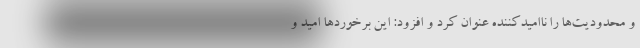
و محدودیت‌ها را ناامیدکننده عنوان کرد و افزود: این برخوردها امید و